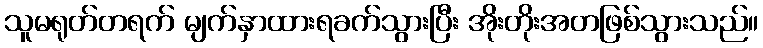
သူမရုတ်တရက် မျက်နှာထားရခက်သွားပြီး အိုးတိုးအတဖြစ်သွားသည်။